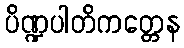
ပိဏ္ဍပါတိကတ္တေန